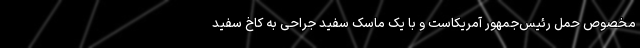
مخصوص حمل رئیس‌جمهور آمریکاست و با یک ماسک سفید جراحی به کاخ سفید